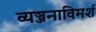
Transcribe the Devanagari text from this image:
व्यञ्जनाविमर्श